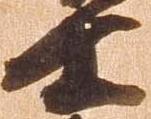
士